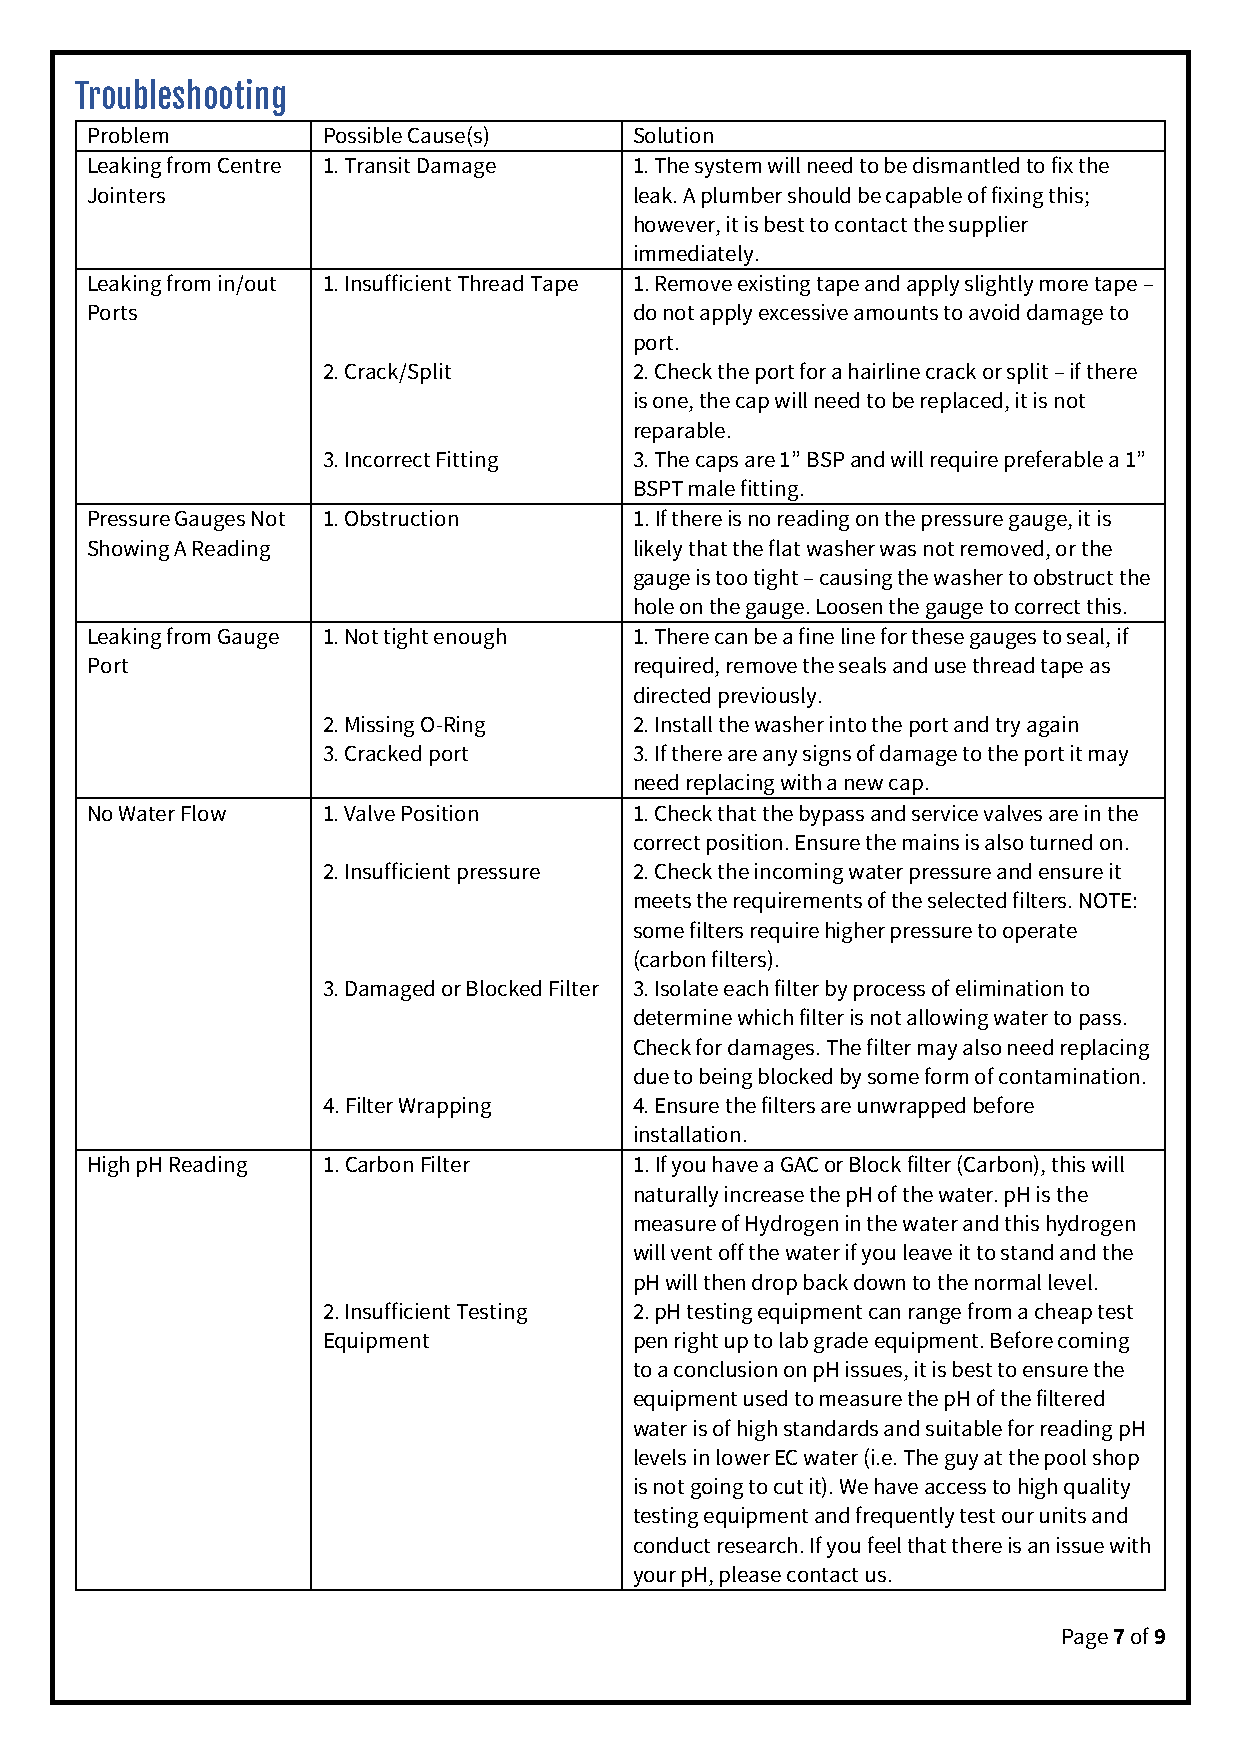
Troubleshooting
 Problem        Possible Cause(s)    Solution
 Leaking from Centre 1. Transit Damage 1. The system will need to be dismantled to fix the
 Jointers                            leak. A plumber should be capable of fixing this;
 however, it is best to contact the supplier
 immediately.
 Leaking from in/out 1. Insufficient Thread Tape 1. Remove existing tape and apply slightly more tape –
 Ports                               do not apply excessive amounts to avoid damage to
 port.
 2. Crack/Split       2. Check the port for a hairline crack or split – if there
 is one, the cap will need to be replaced, it is not
 reparable.
 3. Incorrect Fitting 3. The caps are 1” BSP and will require preferable a 1”
 BSPT male fitting.
 Pressure Gauges Not 1. Obstruction  1. If there is no reading on the pressure gauge, it is
 Showing A Reading                   likely that the flat washer was not removed, or the
 gauge is too tight – causing the washer to obstruct the
 hole on the gauge. Loosen the gauge to correct this.
 Leaking from Gauge 1. Not tight enough 1. There can be a fine line for these gauges to seal, if
 Port                                required, remove the seals and use thread tape as
 directed previously.
 2. Missing O-Ring    2. Install the washer into the port and try again
 3. Cracked port      3. If there are any signs of damage to the port it may
 need replacing with a new cap.
 No Water Flow  1. Valve Position    1. Check that the bypass and service valves are in the
 correct position. Ensure the mains is also turned on.
 2. Insufficient pressure 2. Check the incoming water pressure and ensure it
 meets the requirements of the selected filters. NOTE:
 some filters require higher pressure to operate
 (carbon filters).
 3. Damaged or Blocked Filter 3. Isolate each filter by process of elimination to
 determine which filter is not allowing water to pass.
 Check for damages. The filter may also need replacing
 due to being blocked by some form of contamination.
 4. Filter Wrapping   4. Ensure the filters are unwrapped before
 installation.
 High pH Reading 1. Carbon Filter    1. If you have a GAC or Block filter (Carbon), this will
 naturally increase the pH of the water. pH is the
 measure of Hydrogen in the water and this hydrogen
 will vent off the water if you leave it to stand and the
 pH will then drop back down to the normal level.
 2. Insufficient Testing 2. pH testing equipment can range from a cheap test
 Equipment            pen right up to lab grade equipment. Before coming
 to a conclusion on pH issues, it is best to ensure the
 equipment used to measure the pH of the filtered
 water is of high standards and suitable for reading pH
 levels in lower EC water (i.e. The guy at the pool shop
 is not going to cut it). We have access to high quality
 testing equipment and frequently test our units and
 conduct research. If you feel that there is an issue with
 your pH, please contact us.
 Page 7 of 9